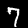
Label: 7